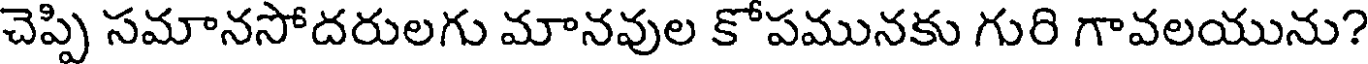
చెప్పి సమానసోదరులగు మానవుల కోపమునకు గురి గావలయును?